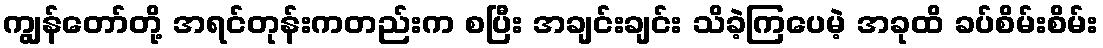
ကျွန်တော်တို့ အရင်တုန်းကတည်းက စပြီး အချင်းချင်း သိခဲ့ကြပေမဲ့ အခုထိ ခပ်စိမ်းစိမ်း